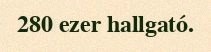
280 ezer hallgató.